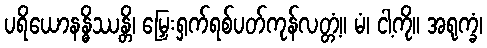
ပရိယောနန္ဓိဿန္တိ၊ မြှေးရှက်ရစ်ပတ်ကုန်လတ္တံ့။ မံ၊ ငါ့ကို။ အရုက္ခံ၊